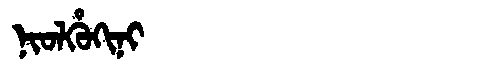
Manchu: ᠨᡳᠣᠯᡥᡠᡴᡳᠨᡳ
Romanization: NIOLHUKINI